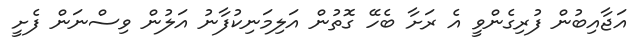
އަޖާއިބުން ފުރިގެންވީ އެ ރަށާ ބެހޭ ގޮތުން އަލިމަނިކުފާނު އަލުން ވިސްނަން ފެށީ